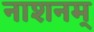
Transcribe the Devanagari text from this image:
नाशनम्‌